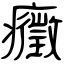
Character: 癥